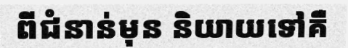
ពីជំនាន់មុន និយាយទៅគឺ